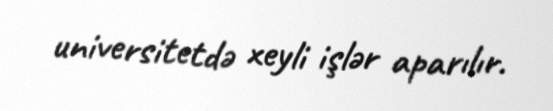
universitetdə xeyli işlər aparılır.